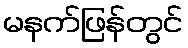
မနက်ဖြန်တွင်